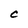
Character: C